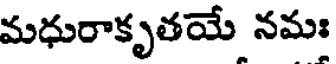
మధురాకృతయే నమః